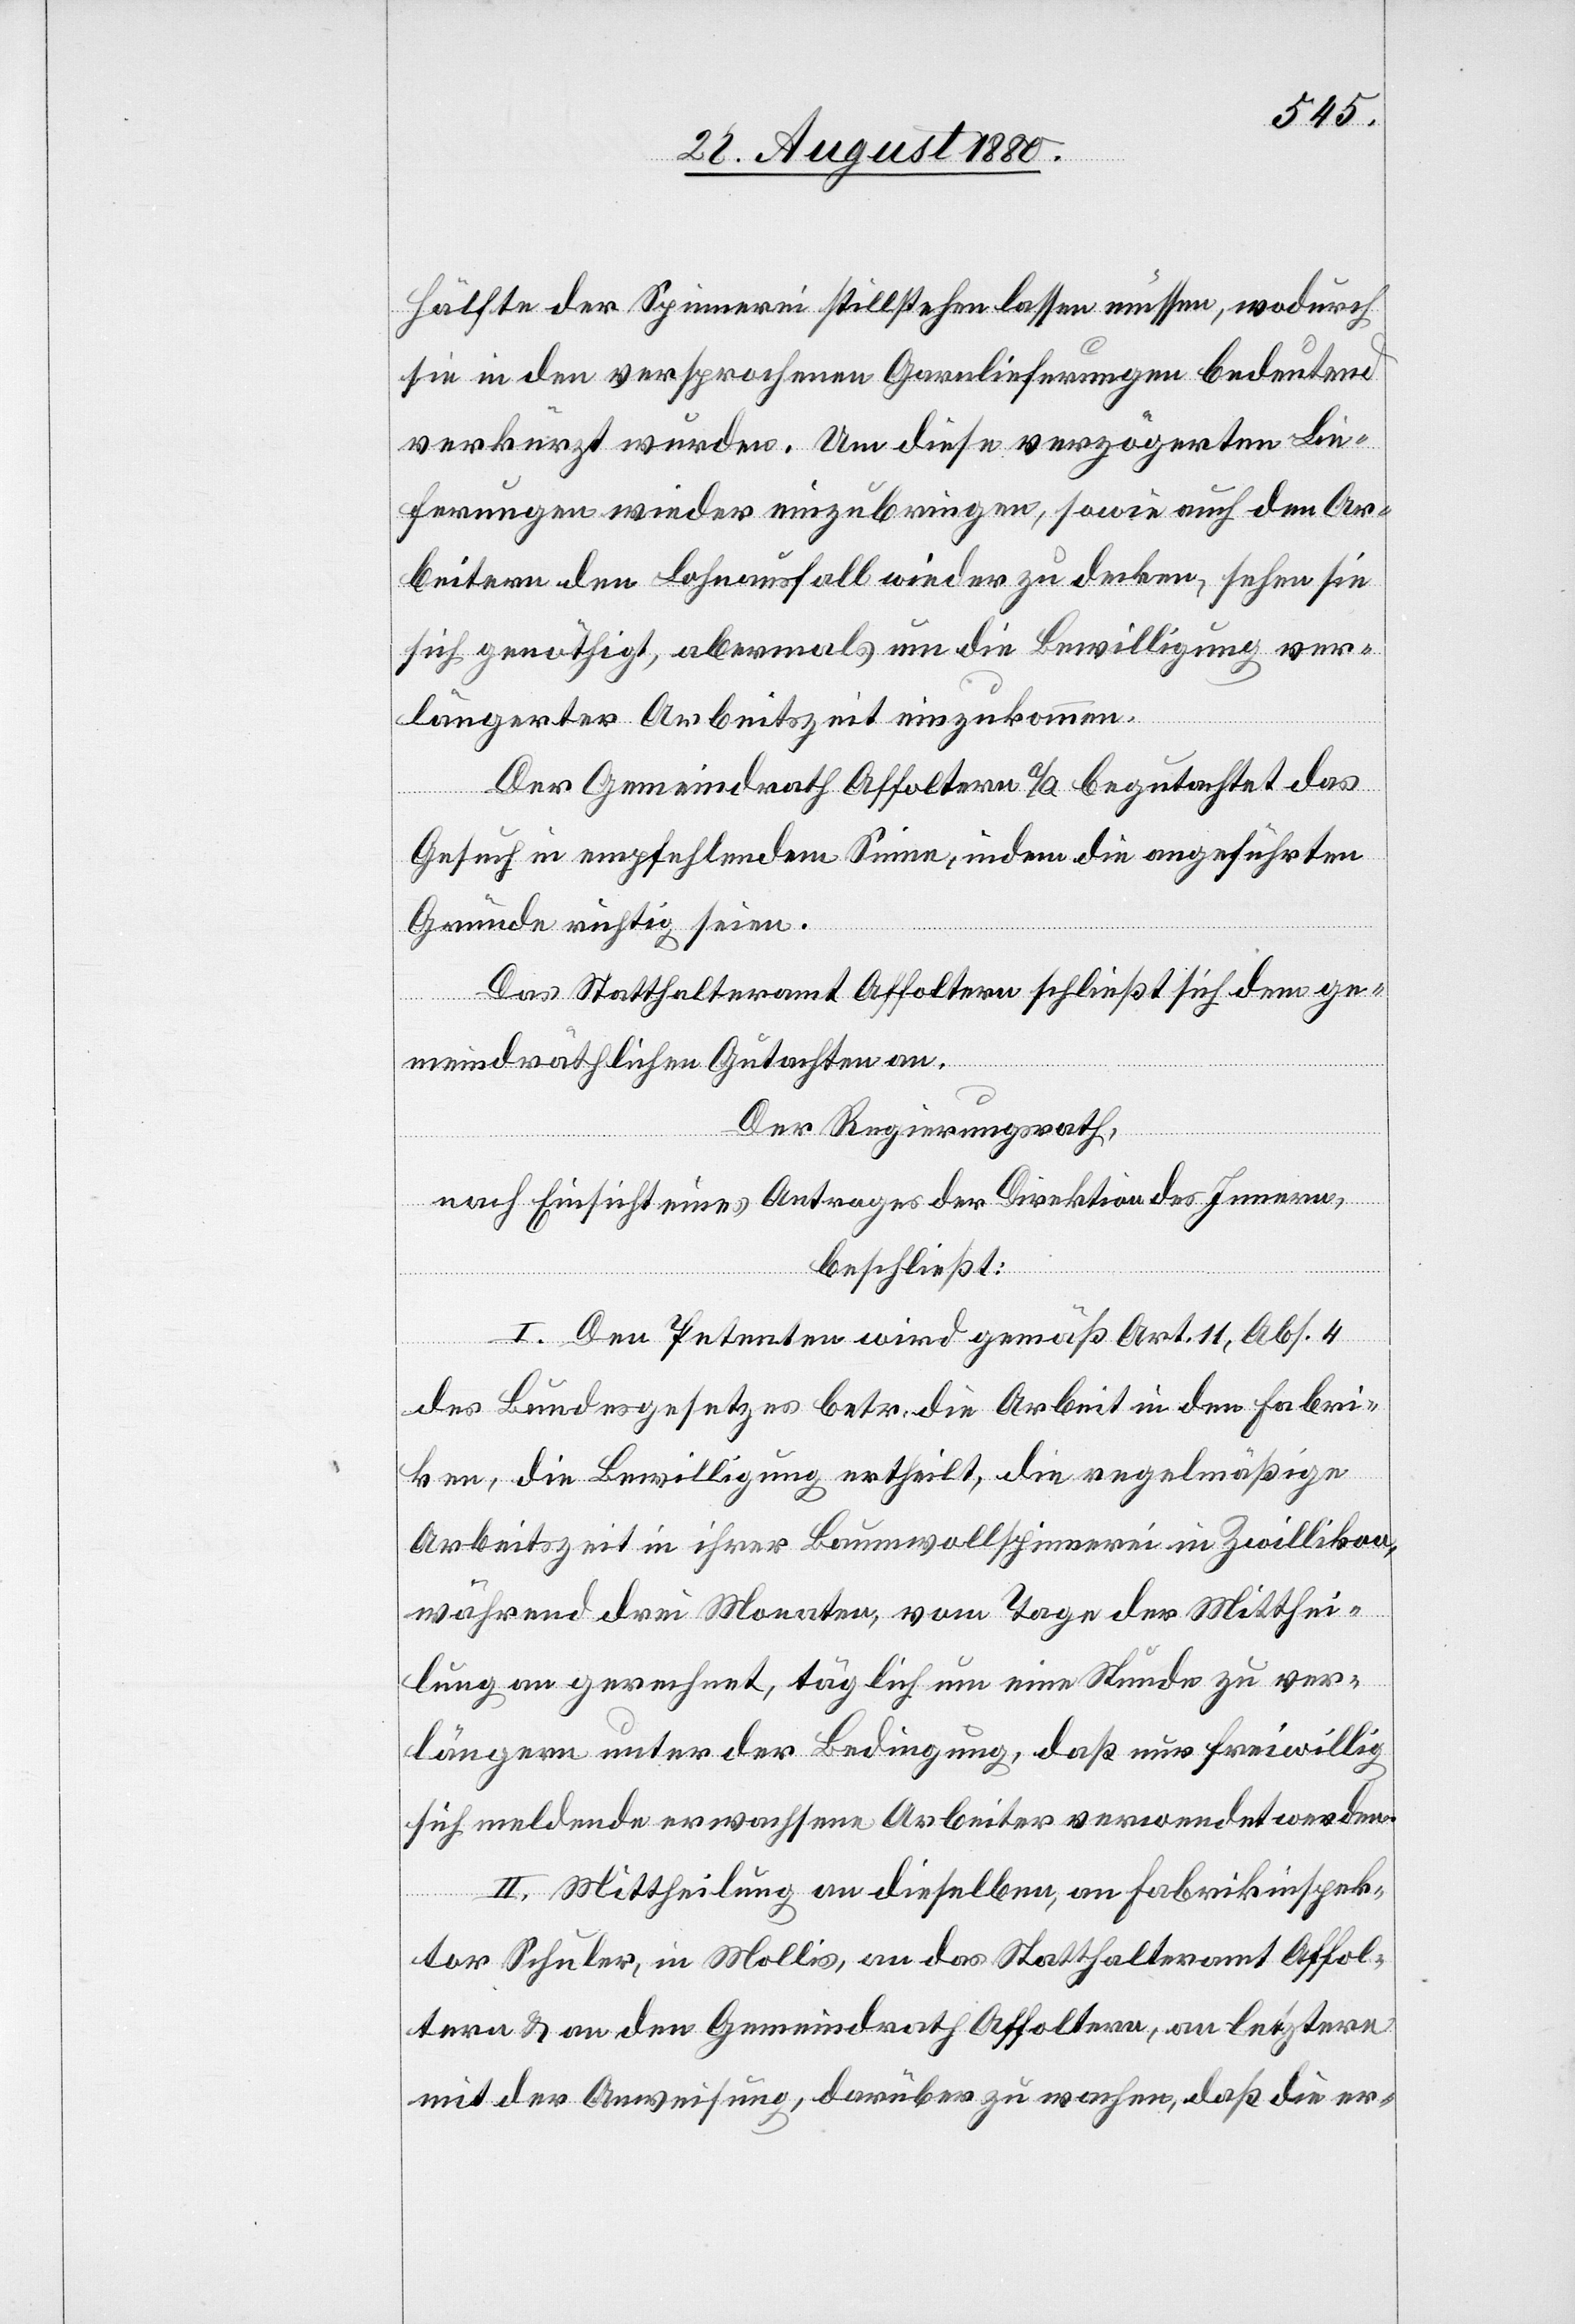
Hälfte der Spinnerei stillstehen lassen müssen, wodurch
sie in den versprochenen Garnlieferungen bedeutend
verkürzt wurden. Um diese verzögerten Lie¬
ferungen wieder einzubringen, sowie auch den Ar¬
beitern den Lohnausfall wieder zu decken, sehen sie
sich genöthigt, abermals um die Bewilligung ver¬
längerter Arbeitszeit einzukommen.
Der Gemeindrath Affoltern a/a begutachtet das
Gesuch in empfehlendem Sinne, indem die angeführten
Gründe richtig seien.
Das Statthalteramt Affoltern schließt sich dem ge¬
meindräthlichen Gutachten an.
Der Regierungsrath,
nach Einsicht eines Antrages der Direktion des Innern,
beschließt:
I. Den Petenten wird gemäß Art. 11, Abs. 4
des Bundesgesetzes betr. die Arbeit in den Fabri¬
ken, die Bewilligung ertheilt, die regelmäßige
Arbeitszeit in ihrer Baumwollspinnerei in Zwillikon,
während drei Monaten, vom Tage der Mitthei¬
lung an gerechnet, täglich um eine Stunde zu ver¬
längern unter der Bedingung, daß nur freiwillig
sich meldende erwachsene Arbeiter verwendet werden.
II. Mittheilung an dieselben, an Fabrikinspek¬
tor Schuler, in Mollis, an das Statthalteramt Affol¬
tern & an den Gemeindrath Affoltern, an letztern
mit der Anweisung, darüber zu wachen, daß die er-